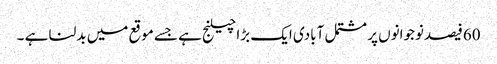
60فیصدنوجوانوں پر مشتمل آبادی ایک بڑا چیلنج ہے جسے موقع میں بدلنا ہے ۔